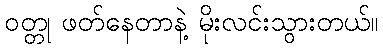
ဝတ္တု ဖတ်နေတာနဲ့ မိုးလင်းသွားတယ်။